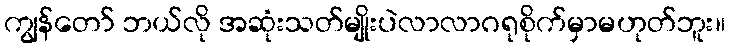
ကျွန်တော် ဘယ်လို အဆုံးသတ်မျိုးပဲလာလာဂရုစိုက်မှာမဟုတ်ဘူး။